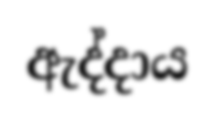
ඇද්දාය